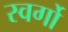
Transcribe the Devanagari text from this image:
स्वर्गो